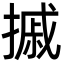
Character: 摵